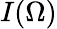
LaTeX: I(\Omega)